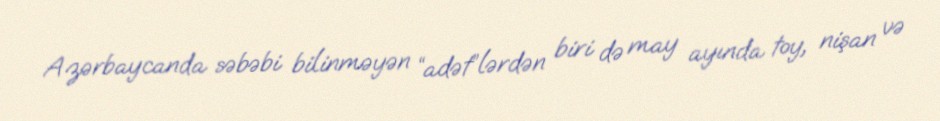
Azərbaycanda səbəbi bilinməyən “adət”lərdən biri də may ayında toy, nişan və